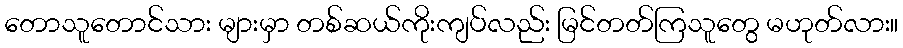
တောသူတောင်သား များမှာ တစ်ဆယ်ကိုးကျပ်လည်း မြင်တတ်ကြသူတွေ မဟုတ်လား။